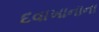
દવાખાનાના